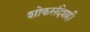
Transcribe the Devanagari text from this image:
शोकसंदेशही